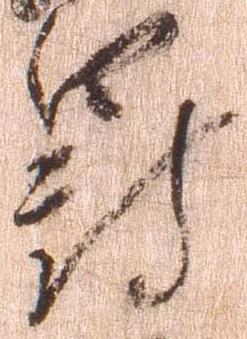
罰